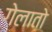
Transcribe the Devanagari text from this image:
गेलातो